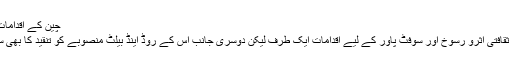
چین کے اقدامات پر تنقید
چین کے ثقافتی اثرو رسوخ اور سوفٹ پاور کے لیے اقدامات ایک طرف لیکن دوسری جانب اس کے روڈ اینڈ بیلٹ منصوبے کو تنقید کا بھی سامنا ہے۔